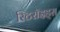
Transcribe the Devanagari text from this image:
स्टिरॉइड्स